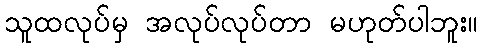
သူထလုပ်မှ အလုပ်လုပ်တာ မဟုတ်ပါဘူး။